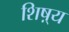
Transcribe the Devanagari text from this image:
शिष़्य